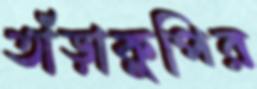
তাঁড়াকুপির